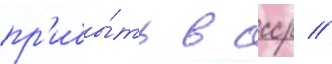
пр'ибы́ть в ссср //